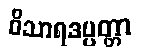
ဝိသာရဒပ္ပတ္တာ